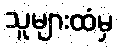
သူများထံမှ